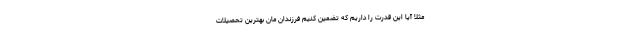
مثلاً آیا این قدرت را داریم که تضمین کنیم فرزندان مان بهترین تحصیلات